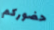
حضوركم